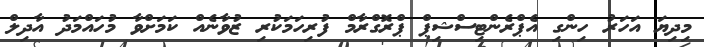
މިދިޔަ އަހަރު ހިންގި އެޕްރެންޓިސްޝިޕް ޕްރޮގްރާމް ފުރިހަމަކުރި ޒުވާނެއް ކަމަށްވާ މުހައްމަދު އާދިލް